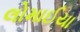
લોમાઈયા